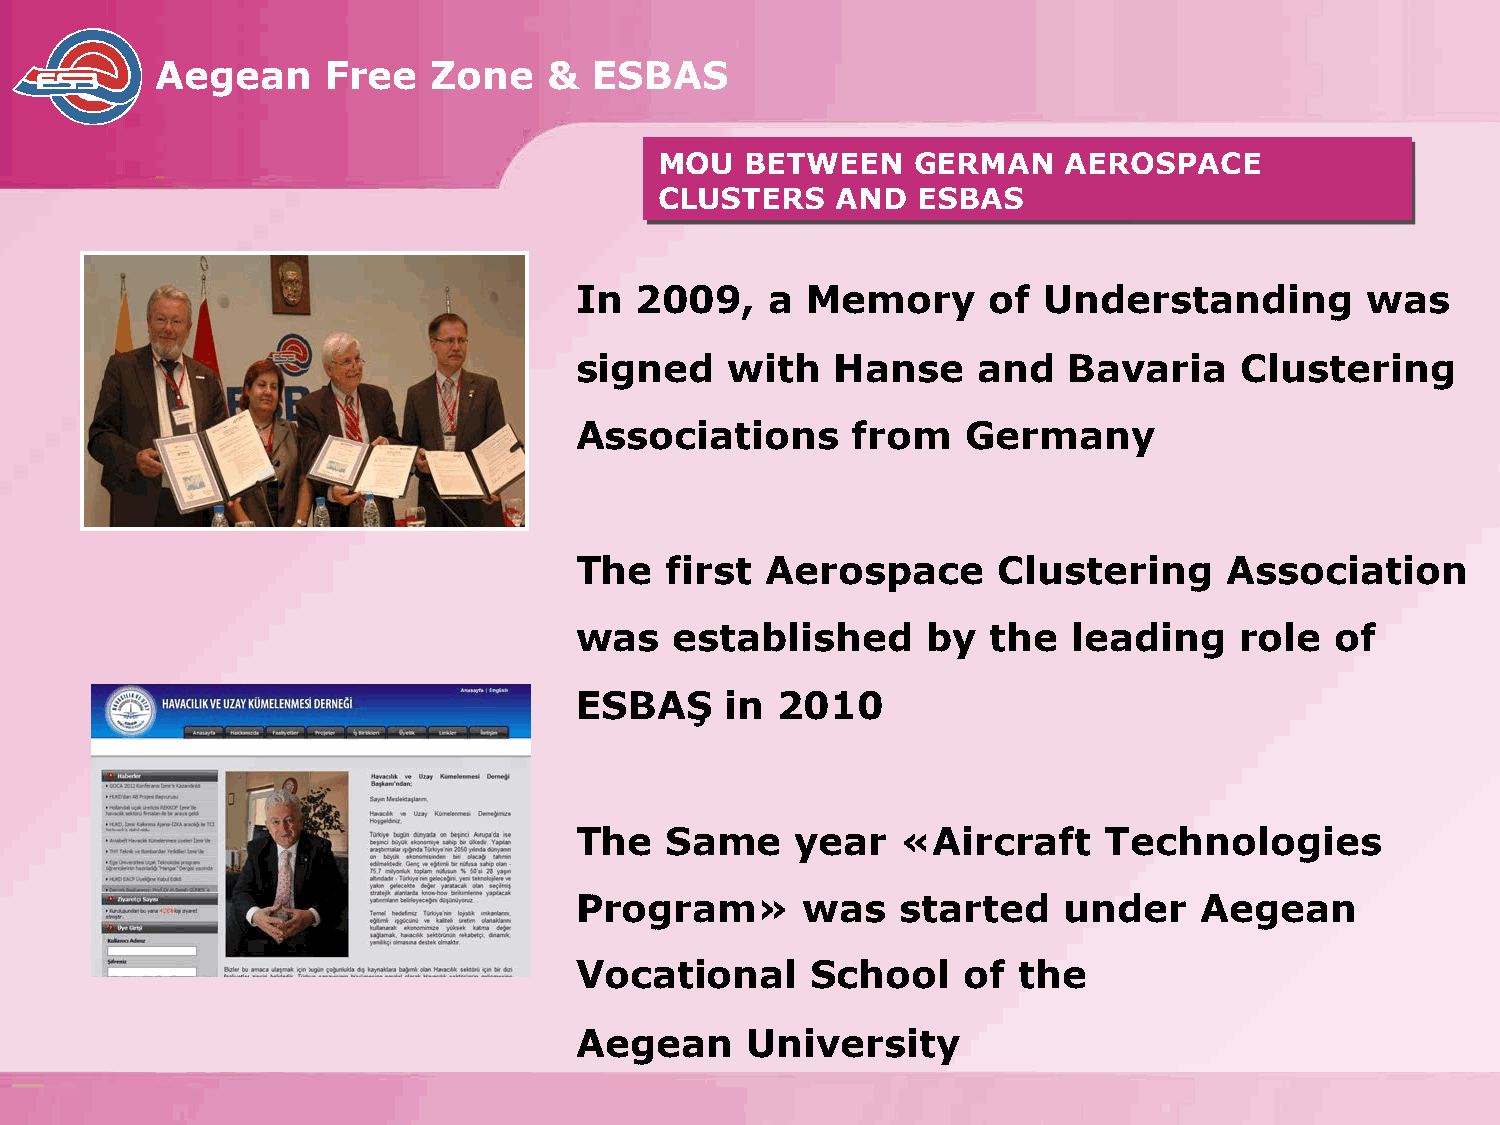
Aegean      Free   Zone   &  ESBAS
 MOU  BETWEEN    GERMAN     AEROSPACE
 CLUSTERS   AND   ESBAS
 In  2009,    a Memory      of  Understanding        was
 signed    with   Hanse     and   Bavaria    Clustering
 Associations      from    Germany
 The   first  Aerospace      Clustering     Association
 was    established     by   the  leading    role  of
 ESBAŞ     in 2010
 The   Same     year   «Aircraft    Technologies
 Program»       was    started   under    Aegean
 Vocational      School    of the
 Aegean     University